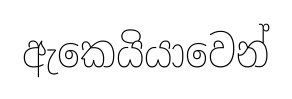
ඇකෙයියාවෙන්